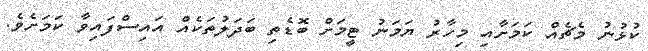
ކުޅުނު މެޗެއް ކަމަށާއި މިހާރު ޔަމަނު ޓީމަށް ބޮޑެތި ބަދަލުތަކެއް އައިސްފައިވާ ކަމަށެވެ.